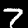
Label: 7